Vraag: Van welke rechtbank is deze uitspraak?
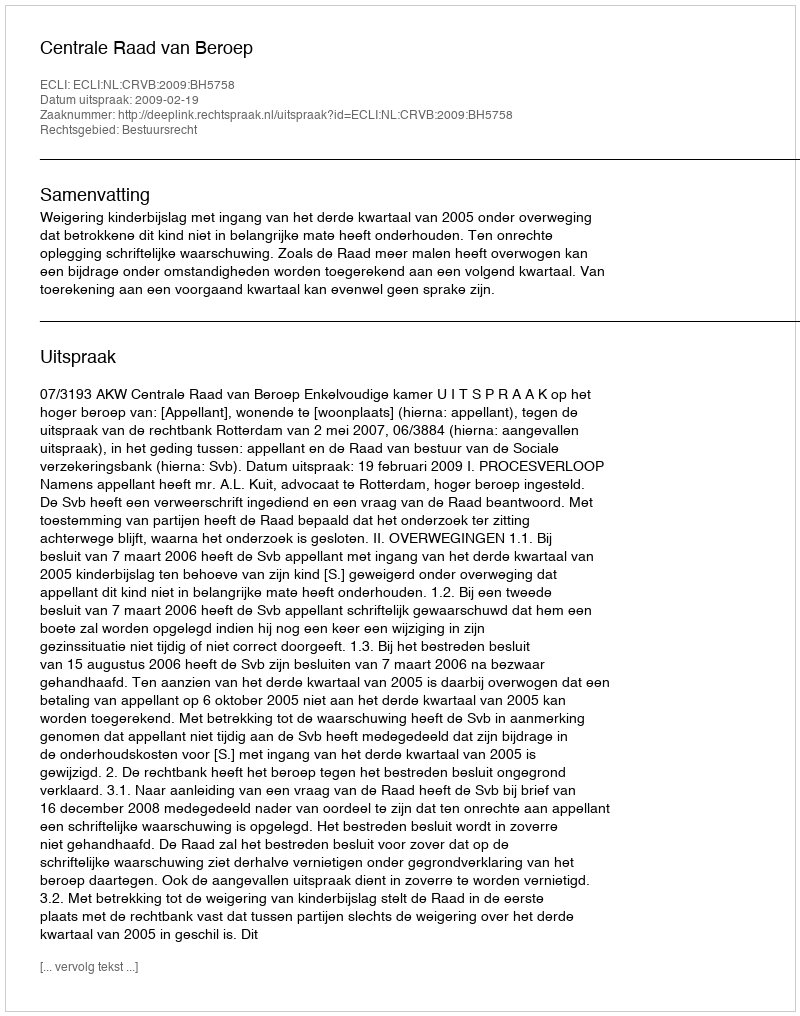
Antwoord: Centrale Raad van Beroep